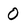
Character: 0